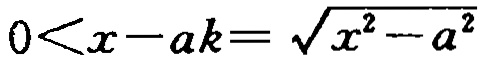
\(0<x - ak=\sqrt{x^{2}-a^{2}}\)